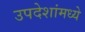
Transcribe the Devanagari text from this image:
उपदेशांमध्ये